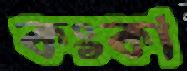
কংকা